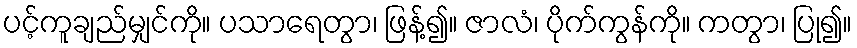
ပင့်ကူချည်မျှင်ကို။ ပသာရေတွာ၊ ဖြန့်၍။ ဇာလံ၊ ပိုက်ကွန်ကို။ ကတွာ၊ ပြု၍။